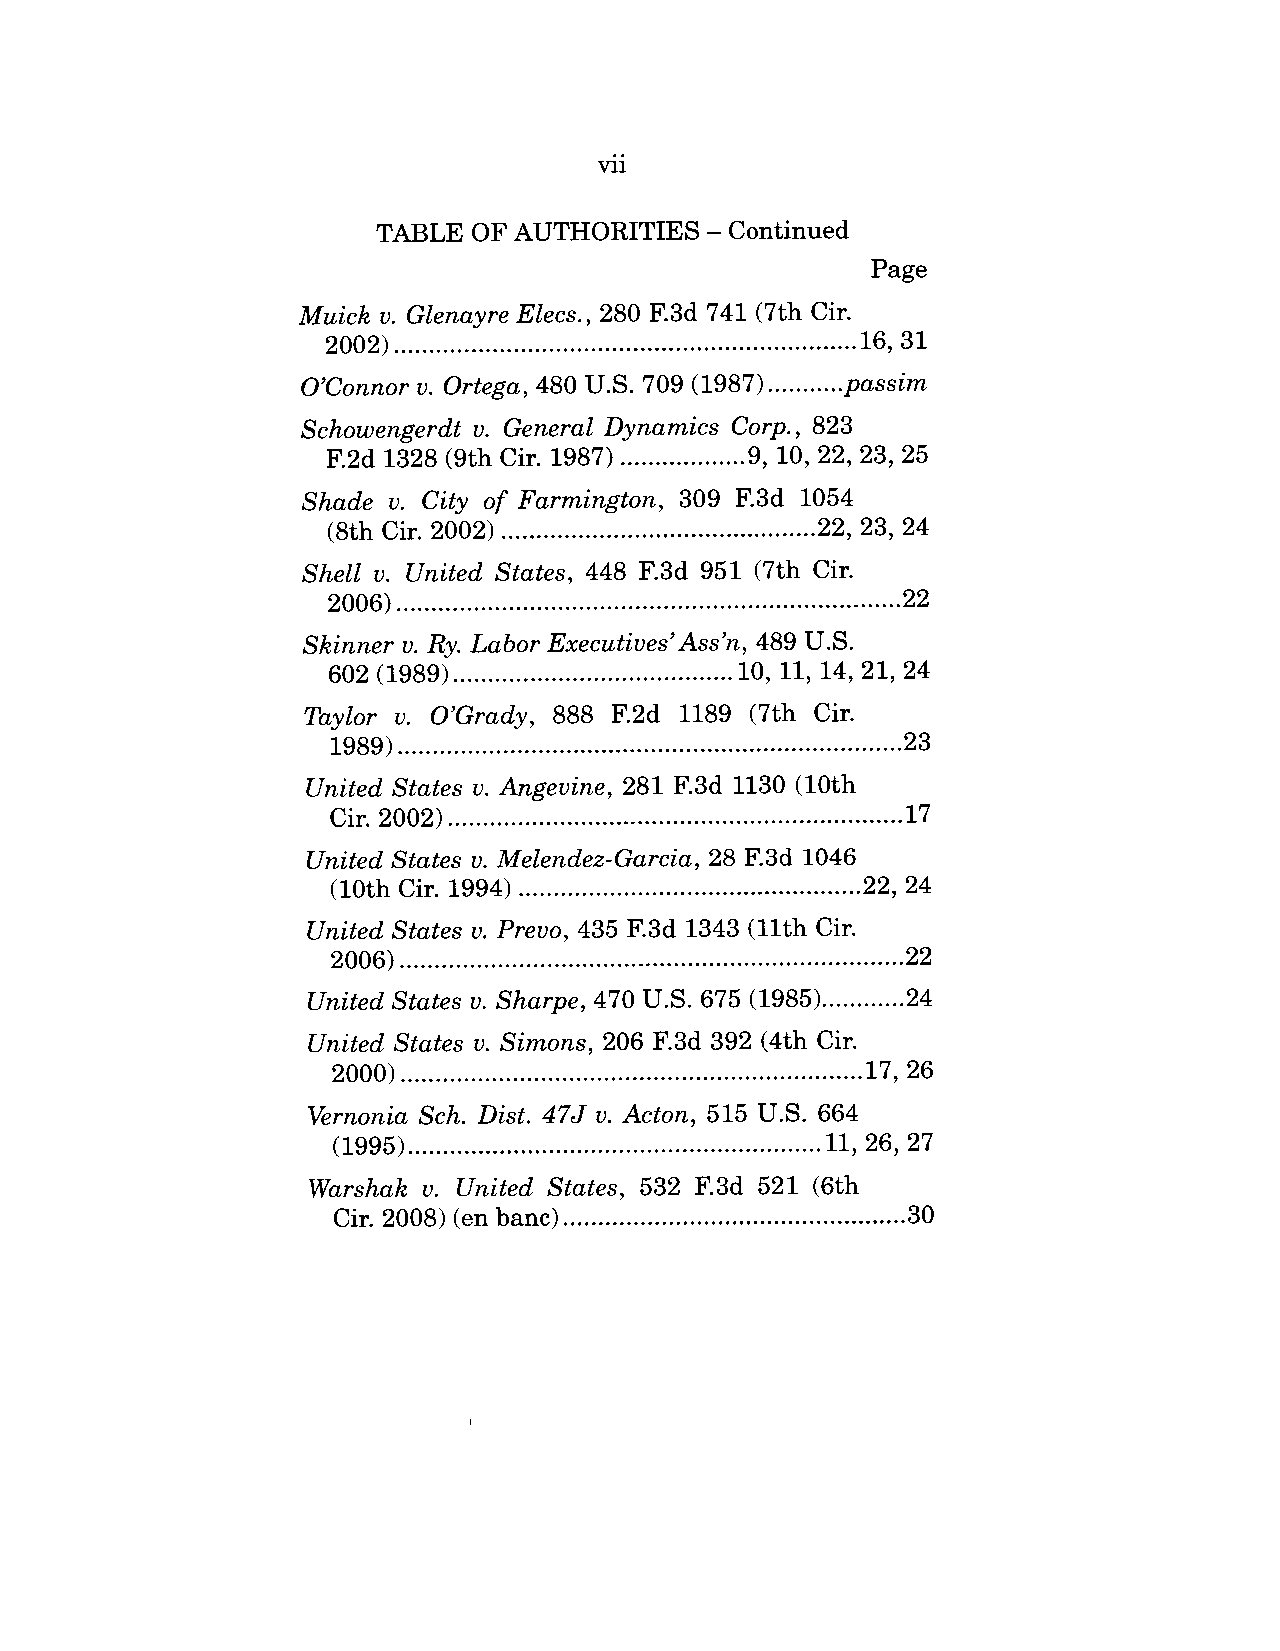
vii
 TABLE  OF AUTHORITIES  - Continued
 Page
 Muick v. Glenayre Elecs., 280 F.3d 741 (7th Cir.
 2002) ..................................................................16, 31
 O’Connor v. Ortega, 480 U.S. 709 (1987) ...........passim
 Schowengerdt v. General Dynamics Corp., 823
 F.2d 1328 (9th Cir. 1987) .................. 9, 10, 22, 23, 25
 Shade v. City of Farmington, 309 F.3d 1054
 (8th Cir. 2002) ............................................. 22, 23, 24
 Shell v. United States, 448 F.3d 951 (7th Cir.
 2006) ........................................................................22
 Skinner v. Ry. Labor Executives’Ass’n, 489 U.S.
 602 (1989) ........................................ 10, 11, 14, 21, 24
 Taylor v. O’Grady, 888 F.2d 1189 (7th Cir.
 1989) ........................................................................23
 United States v. Angevine, 281 F.3d 1130 (10th
 Cir. 2002) .................................................................17
 United States v. Melendez-Garcia, 28 F.3d 1046
 (10th Cir. 1994) .................................................22, 24
 United States v. Prevo, 435 F.3d 1343 (llth Cir.
 2006) ........................................................................22
 United States v. Sharpe, 470 U.S. 675 (1985) ............24
 United States v. Simons, 206 F.3d 392 (4th Cir.
 2000) ..................................................................17, 26
 Vernonia Sch. Dist. 47J v. Acton, 515 U.S. 664
 (1995) ........................................................... 11, 26, 27
 Warshak v. United States, 532 F.3d 521 (6th
 Cir. 2008) (en banc) ................................................3. 0